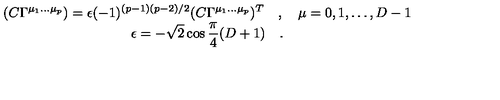
\begin{array} { c } { \displaystyle ( C \Gamma ^ { \mu _ { 1 } \dots \mu _ { p } } ) = \epsilon ( - 1 ) ^ { ( p - 1 ) ( p - 2 ) / 2 } ( C \Gamma ^ { \mu _ { 1 } \dots \mu _ { p } } ) ^ { T } \quad , \quad \mu = 0 , 1 , \dots , D - 1 } \\ { \displaystyle \epsilon = - \sqrt { 2 } \cos { \frac { \pi } { 4 } } ( D + 1 ) \quad . } \\ \end{array}